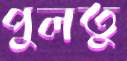
পুলতু